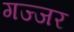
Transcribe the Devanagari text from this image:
गज्जर